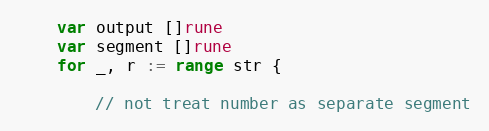
Language: Go
	var output []rune
	var segment []rune
	for _, r := range str {

		// not treat number as separate segment